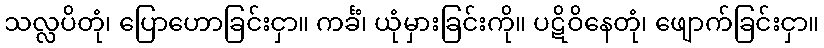
သလ္လပိတုံ၊ ပြောဟောခြင်းငှာ။ ကင်္ခံ၊ ယုံမှားခြင်းကို။ ပဋိဝိနေတုံ၊ ဖျောက်ခြင်းငှာ။